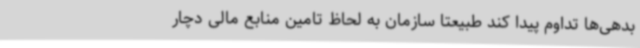
بدهی‌ها تداوم پیدا کند طبیعتا سازمان به لحاظ تامین منابع مالی دچار